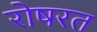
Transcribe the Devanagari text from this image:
रोषरत